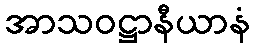
အာသဝဋ္ဌာနီယာနံ